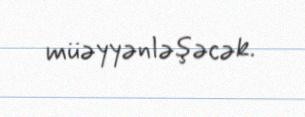
müəyyənləşəcək.